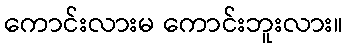
ကောင်းလားမ ကောင်းဘူးလား။